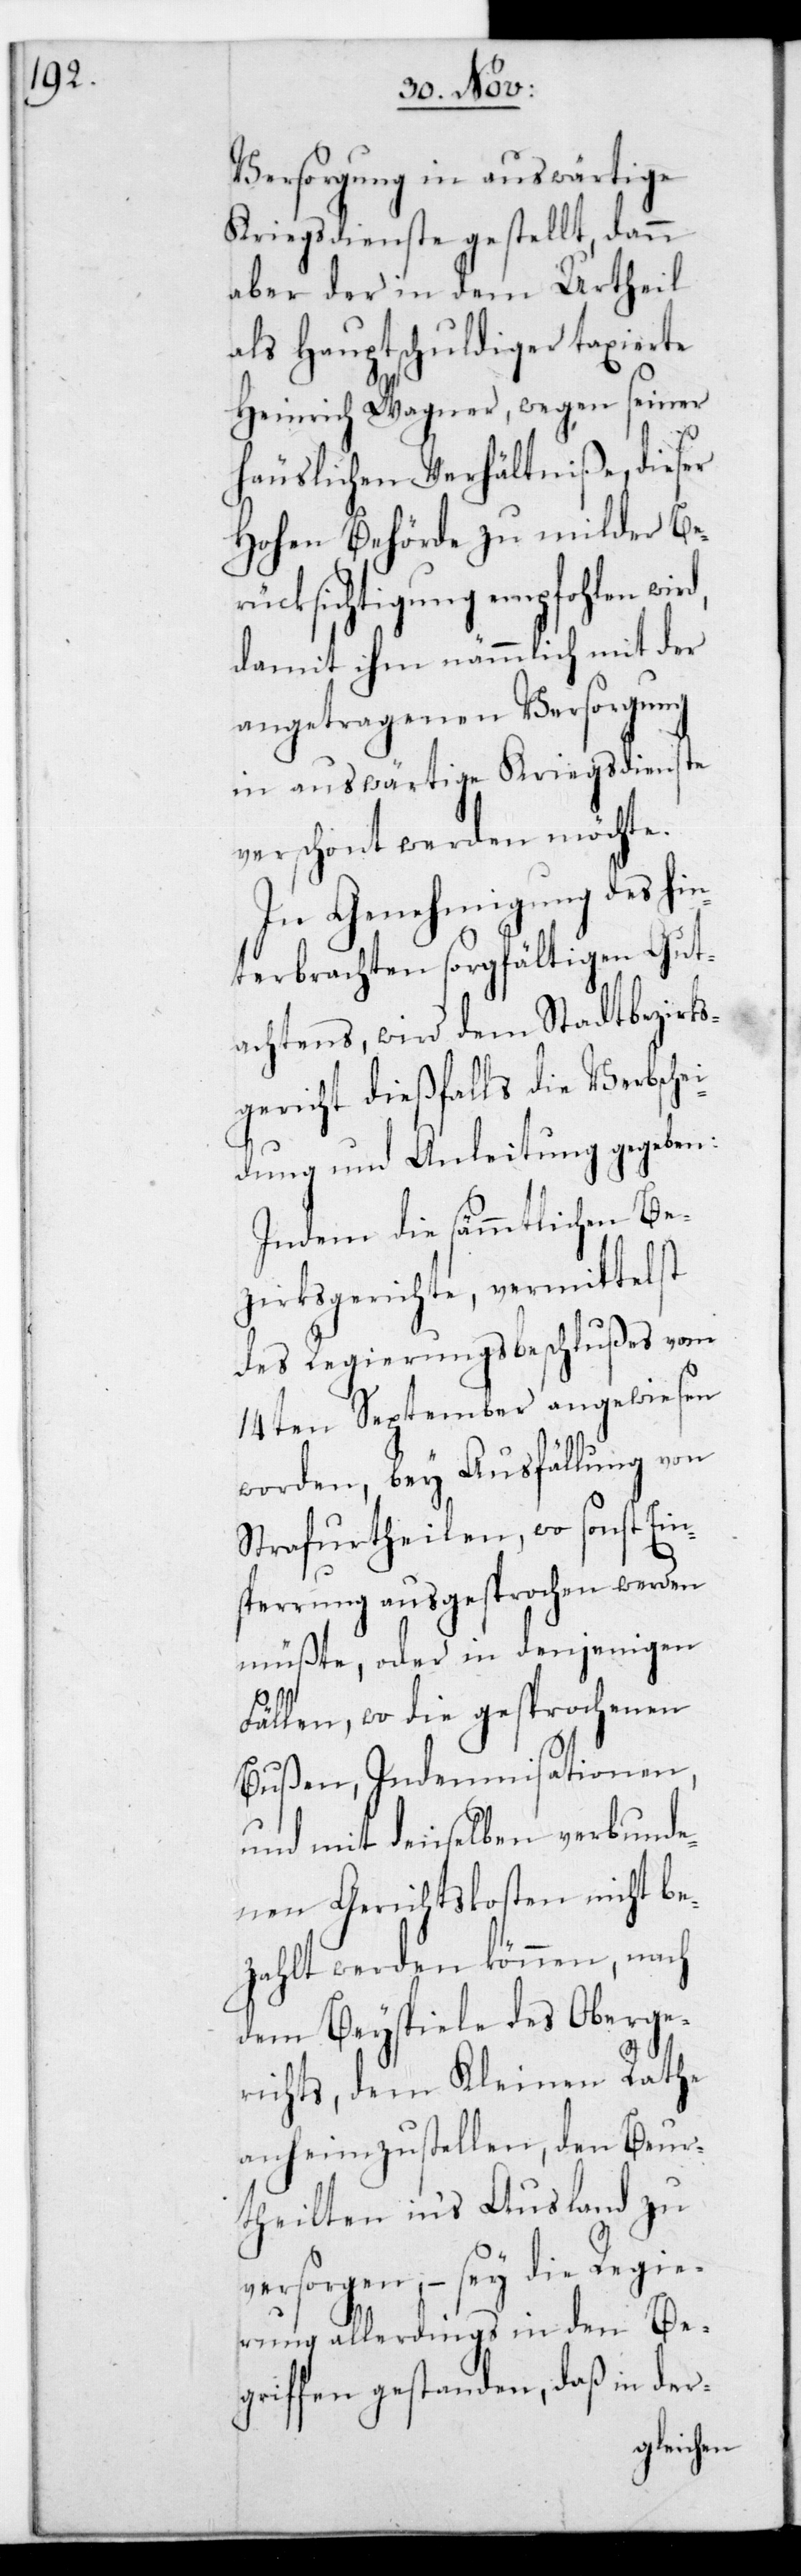
Versorgung in auswärtige
Kriegsdienste gestellt, dann
aber der in dem
als Hauptschuldiger
Heinrich Wagner,
häuslichen Verhäl¬
Hohen Behörde
rücksichtigung
damit ihm nämmlich
angetragenen
hin¬
verschont werden
In Genehmigung des
terbrachten sorgfältigen Gut¬
achtens, wird dem Stadtbezirks¬
gericht dießfalls die Verbsche¬
idung und Anleitung gegeben:
Indem die sämmtlichen Be¬
zirksgerichte, vermittelst
des Regierungsbeschlußes vom
14ten September angewiesen
worden, bey Ausfällung von
Strafurtheilen, wo sonst Ein¬
sperrung ausgesprochen werden
müßte, oder in denjenigen
Fällen, wo die gesprochenen
Bußen, Indemnisationen,
und mit denselben verbunde¬
nen Gerichtskosten nicht be¬
zahlt werden können, nach
dem Beyspiel des Oberge¬
richts, dem Kleinen Rathe
anheim zu stellen, den Beur¬
theilten in‘s Ausland zu
versorgen, – sey die Regie¬
rung allerdings in den Be¬
griffen gestanden, daß in der-